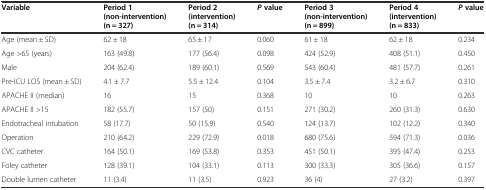
| Variable | Period 1 (non-intervention) (n = 327) | Period 2 (intervention) (n = 314) | Pvalue | Period 3 (non-intervention) (n = 899) | Period 4 (intervention) (n = 833) | Pvalue |
 | --- | --- | --- | --- | --- | --- | --- |
 | Age (mean ± SD) | 62 ± 18 | 65 ± 17 | 0.060 | 61 ± 18 | 62 ± 18 | 0.234 |
 | Age >65 (years) | 163 (49.8) | 177 (56.4) | 0.098 | 424 (52.9) | 408 (51.1) | 0.450 |
 | Male | 204 (62.4) | 189 (60.1) | 0.569 | 543 (60.4) | 481 (57.7) | 0.261 |
 | Pre-ICU LOS (mean ± SD) | 4.1 ± 7.7 | 5.5 ± 12.4 | 0.104 | 3.5 ± 7.4 | 3.2 ± 6.7 | 0.310 |
 | APACHE II (median) | 16 | 15 | 0.368 | 10 | 10 | 0.263 |
 | APACHE II >15 | 182 (55.7) | 157 (50) | 0.151 | 271 (30.2) | 260 (31.3) | 0.630 |
 | Endotracheal intubation | 58 (17.7) | 50 (15.9) | 0.540 | 124 (13.7) | 102 (12.2) | 0.340 |
 | Operation | 210 (64.2) | 229 (72.9) | 0.018 | 680 (75.6) | 594 (71.3) | 0.036 |
 | CVC catheter | 164 (50.1) | 169 (53.8) | 0.353 | 451 (50.1) | 395 (47.4) | 0.253 |
 | Foley catheter | 128 (39.1) | 104 (33.1) | 0.113 | 300 (33.3) | 305 (36.6) | 0.157 |
 | Double lumen catheter | 11 (3.4) | 11 (3.5) | 0.923 | 36 (4) | 27 (3.2) | 0.397 |